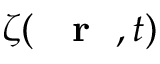
\zeta ( \mathrm { ~ { ~ \bf ~ r ~ } ~ } , t )